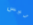
ليس